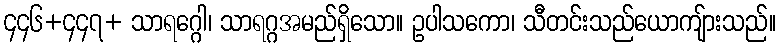
၄၄၆+၄၄၇+ သာရဂ္ဂေါ၊ သာရဂ္ဂအမည်ရှိသော။ ဥပါသကော၊ သီတင်းသည်ယောကျ်ားသည်။